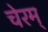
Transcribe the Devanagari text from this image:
चेरम्